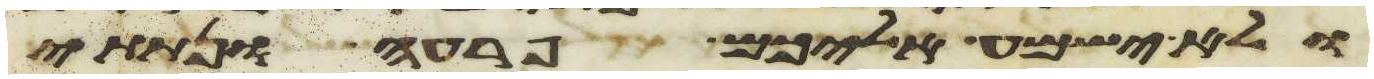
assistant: ולא ישמע אליכם פרעה ונתתי